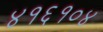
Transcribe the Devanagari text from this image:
४१६१०४